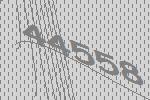
44558